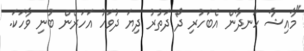
"މާއިޝާ ހަނދާން އެބަހުރި ދޯ ދަތުރު ދިޔަ ދުވަހު އަހަރެން ބުނި ވާހަކަ.